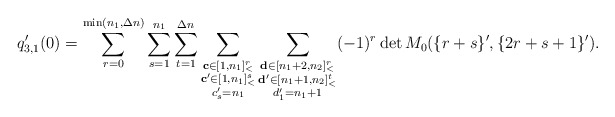
\begin{align*}q_{3,1}'(0)=\sum\limits_{r=0}^{\min(n_1,\Delta n)}\sum\limits_{s=1}^{n_1}\sum\limits_{t=1}^{\Delta n}\sum\limits_{\substack{\mathbf{c}\in [1,n_1]_<^r\\\mathbf{c'}\in [1,n_1]_<^s\\c'_s=n_1}}\sum\limits_{\substack{\mathbf{d}\in [n_1+2,n_2]_<^r\\\mathbf{d'}\in [n_1+1,n_2]_<^t\\d'_1=n_1+1}}(-1)^r\det M_0(\{r+s\}',\{2r+s+1\}').\end{align*}